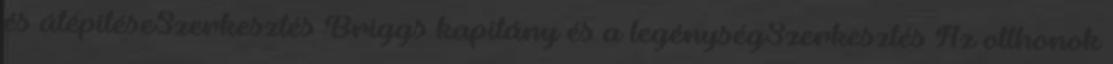
és átépítéseSzerkesztés Briggs kapitány és a legénységSzerkesztés Az otthonok